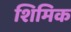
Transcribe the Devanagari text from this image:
शिमिक